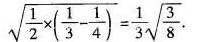
\sqrt{ \frac{1}{2} \times ( \frac{1}{3}- \frac{1}{4})}= \frac{1}{3} \sqrt{ \frac{3}{8}}